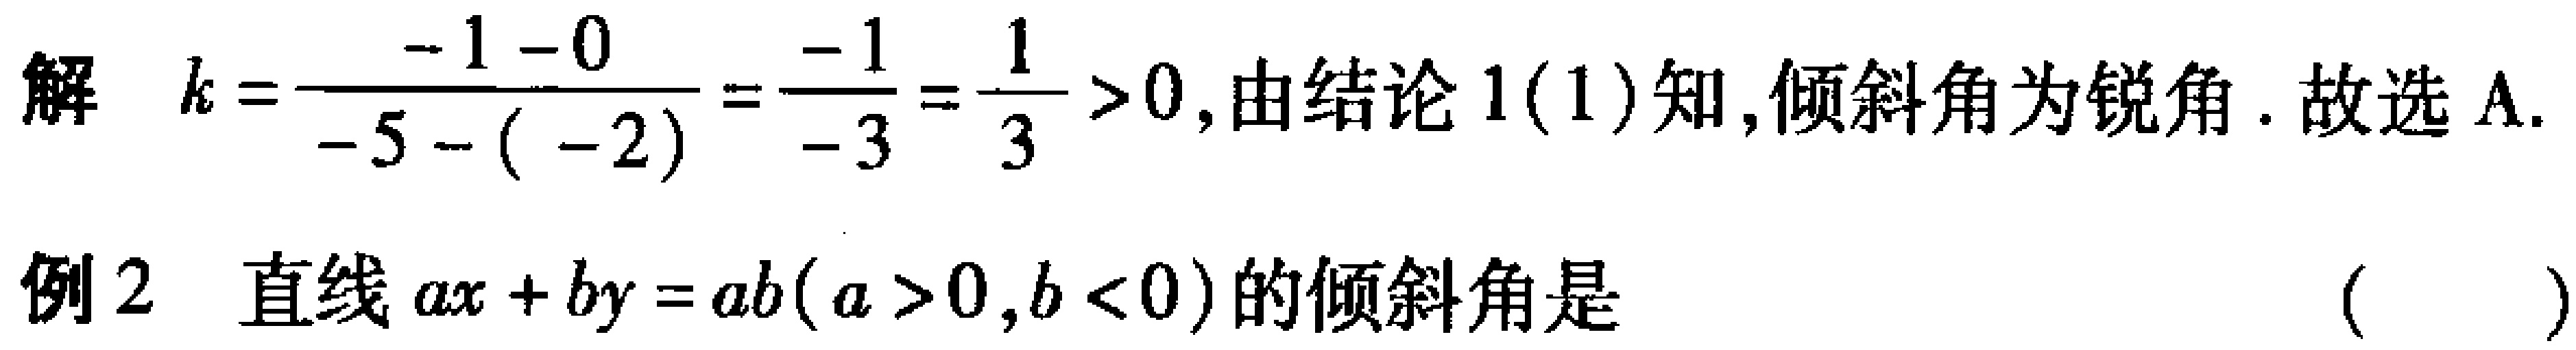
解 \(k = \frac{-1 - 0}{-5 - (-2)} = \frac{-1}{-3} = \frac{1}{3} > 0\), 由结论 \(1(1)\)知, 倾斜角为锐角. 故选 \(A\).
例2 直线 \(ax + by = ab(a > 0, b < 0)\)的倾斜角是 （  ）